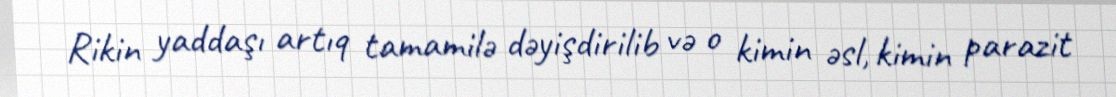
Rikin yaddaşı artıq tamamilə dəyişdirilib və o kimin əsl, kimin parazit